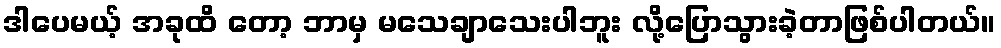
ဒါပေမယ့် အခုထိ တော့ ဘာမှ မသေချာသေးပါဘူး လို့ပြောသွားခဲ့တာဖြစ်ပါတယ်။